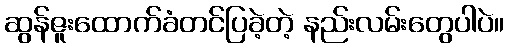
ဆွန်ဇူးထောက်ခံတင်ပြခဲ့တဲ့ နည်းလမ်းတွေပါပဲ။